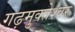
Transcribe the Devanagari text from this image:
गढ़मुक्‍तेश्‍वर